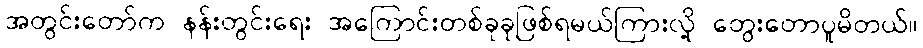
အတွင်းတော်က နန်းတွင်းရေး အကြောင်းတစ်ခုခုဖြစ်ရမယ်ကြားလို့ တွေးတောပူမိတယ်။